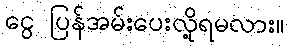
ငွေ ပြန်အမ်းပေးလို့ရမလား။